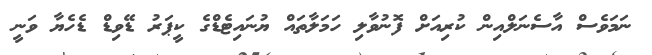
ނަމަވެސް އާސެނަލްއިން ކުރިއަށް ފޮނުވާލި ހަމަލާތައް ޔުނައިޓެޑްގެ ކީޕަރު ޑޭވިޑް ޑެހެޔާ ވަނީ